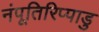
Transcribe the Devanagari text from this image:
नंपूतिरिप्पाडु